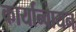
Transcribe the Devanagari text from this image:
कार्यान्वायन